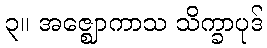
၃။ အဇ္ဈောကာသ သိက္ခာပုဒ်